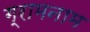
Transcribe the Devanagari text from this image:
ग्रामनाम